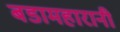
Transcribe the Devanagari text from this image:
बडामहारानी